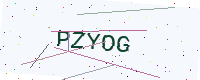
Text: PZYOG